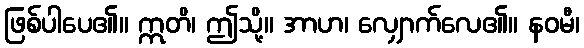
ဖြစ်ပါပေ၏။ ဣတိ၊ ဤသို့။ အာဟ၊ လျှောက်လေ၏။ နဝမီ၊